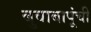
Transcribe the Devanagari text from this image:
बुवाबापूंची